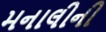
મનાલીની